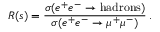
R ( s ) = { \frac { \sigma ( e ^ { + } e ^ { - } \to \mathrm { h a d r o n s } ) } { \sigma ( e ^ { + } e ^ { - } \to \mu ^ { + } \mu ^ { - } ) } } \, .